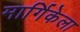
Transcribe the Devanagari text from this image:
मार्गिकेला